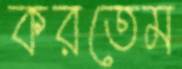
করতেম